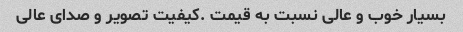
بسیار خوب و عالی نسبت به قیمت .کیفیت تصویر و صدای عالی